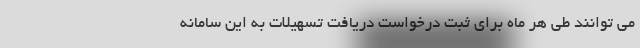
می توانند طی هر ماه برای ثبت درخواست دریافت تسهیلات به این سامانه